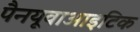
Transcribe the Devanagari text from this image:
पैनयूवाआइटिक